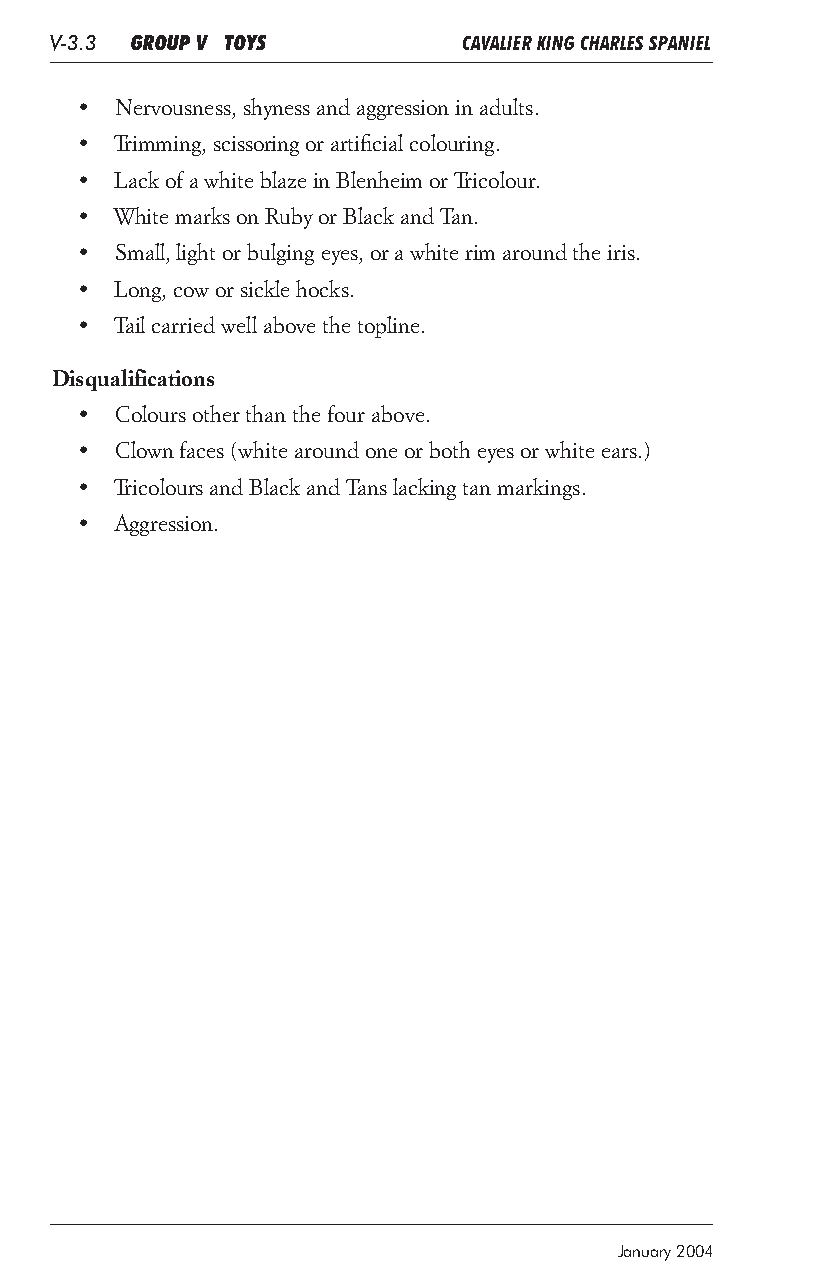
V-3.3 GROUP V TOYS          CAVALIER KING CHARLES SPANIEL
 •  Nervousness, shyness and aggression in adults.
 •  Trimming, scissoring or artificial colouring.
 •  Lack of a white blaze in Blenheim or Tricolour.
 •  White marks on Ruby or Black and Tan.
 •  Small, light or bulging eyes, or a white rim around the iris.
 •  Long, cow or sickle hocks.
 •  Tail carried well above the topline.
 Disqualifications
 •  Colours other than the four above.
 •  Clown faces (white around one or both eyes or white ears.)
 •  Tricolours and Black and Tans lacking tan markings.
 •  Aggression.
 January 2004